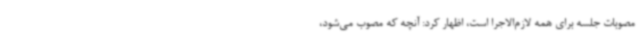
مصوبات جلسه برای همه لازم‌الاجرا است، اظهار کرد: آنچه که مصوب می‌شود،